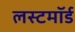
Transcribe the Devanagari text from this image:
लस्टमॉर्ड